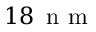
1 8 \, \mathrm { ~ n ~ m ~ }